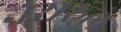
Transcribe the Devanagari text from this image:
नसरुल